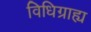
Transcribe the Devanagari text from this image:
विधिग्राह्य